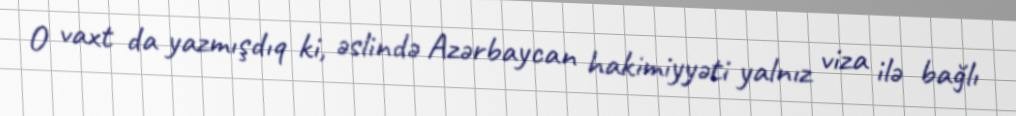
O vaxt da yazmışdıq ki, əslində Azərbaycan hakimiyyəti yalnız viza ilə bağlı